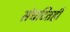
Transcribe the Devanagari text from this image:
संघटितही